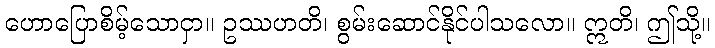
ဟောပြောစိမ့်သောငှာ။ ဥဿဟတိ၊ စွမ်းဆောင်နိုင်ပါသလော။ ဣတိ၊ ဤသို့။